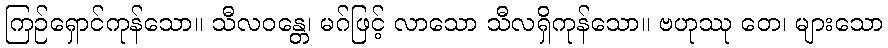
ကြဉ်ရှောင်ကုန်သော။ သီလဝန္တေ၊ မဂ်ဖြင့် လာသော သီလရှိကုန်သော။ ဗဟုဿု တေ၊ များသော